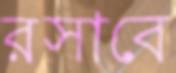
রসাবে